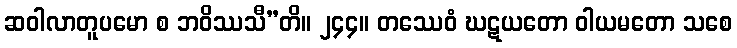
ဆဝါလာတူပမော စ ဘဝိဿသီ”တိ။ ၂၄၄။ တဿေဝံ ဃဋယတော ဝါယမတော သစေ